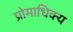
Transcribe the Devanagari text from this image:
प्रोमाधिक्य